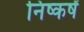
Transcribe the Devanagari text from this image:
निष्कर्षं